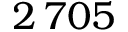
2 \, 7 0 5